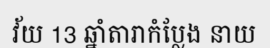
វ័យ 13 ឆ្នាំតារាកំប្លែង នាយ